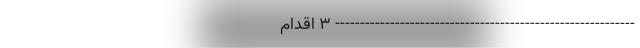
------------------------------------------------------------ 3 اقدام